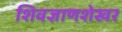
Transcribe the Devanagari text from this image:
शिवज्ञाणशेखर